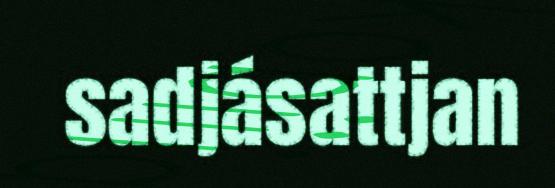
sadjásattjan